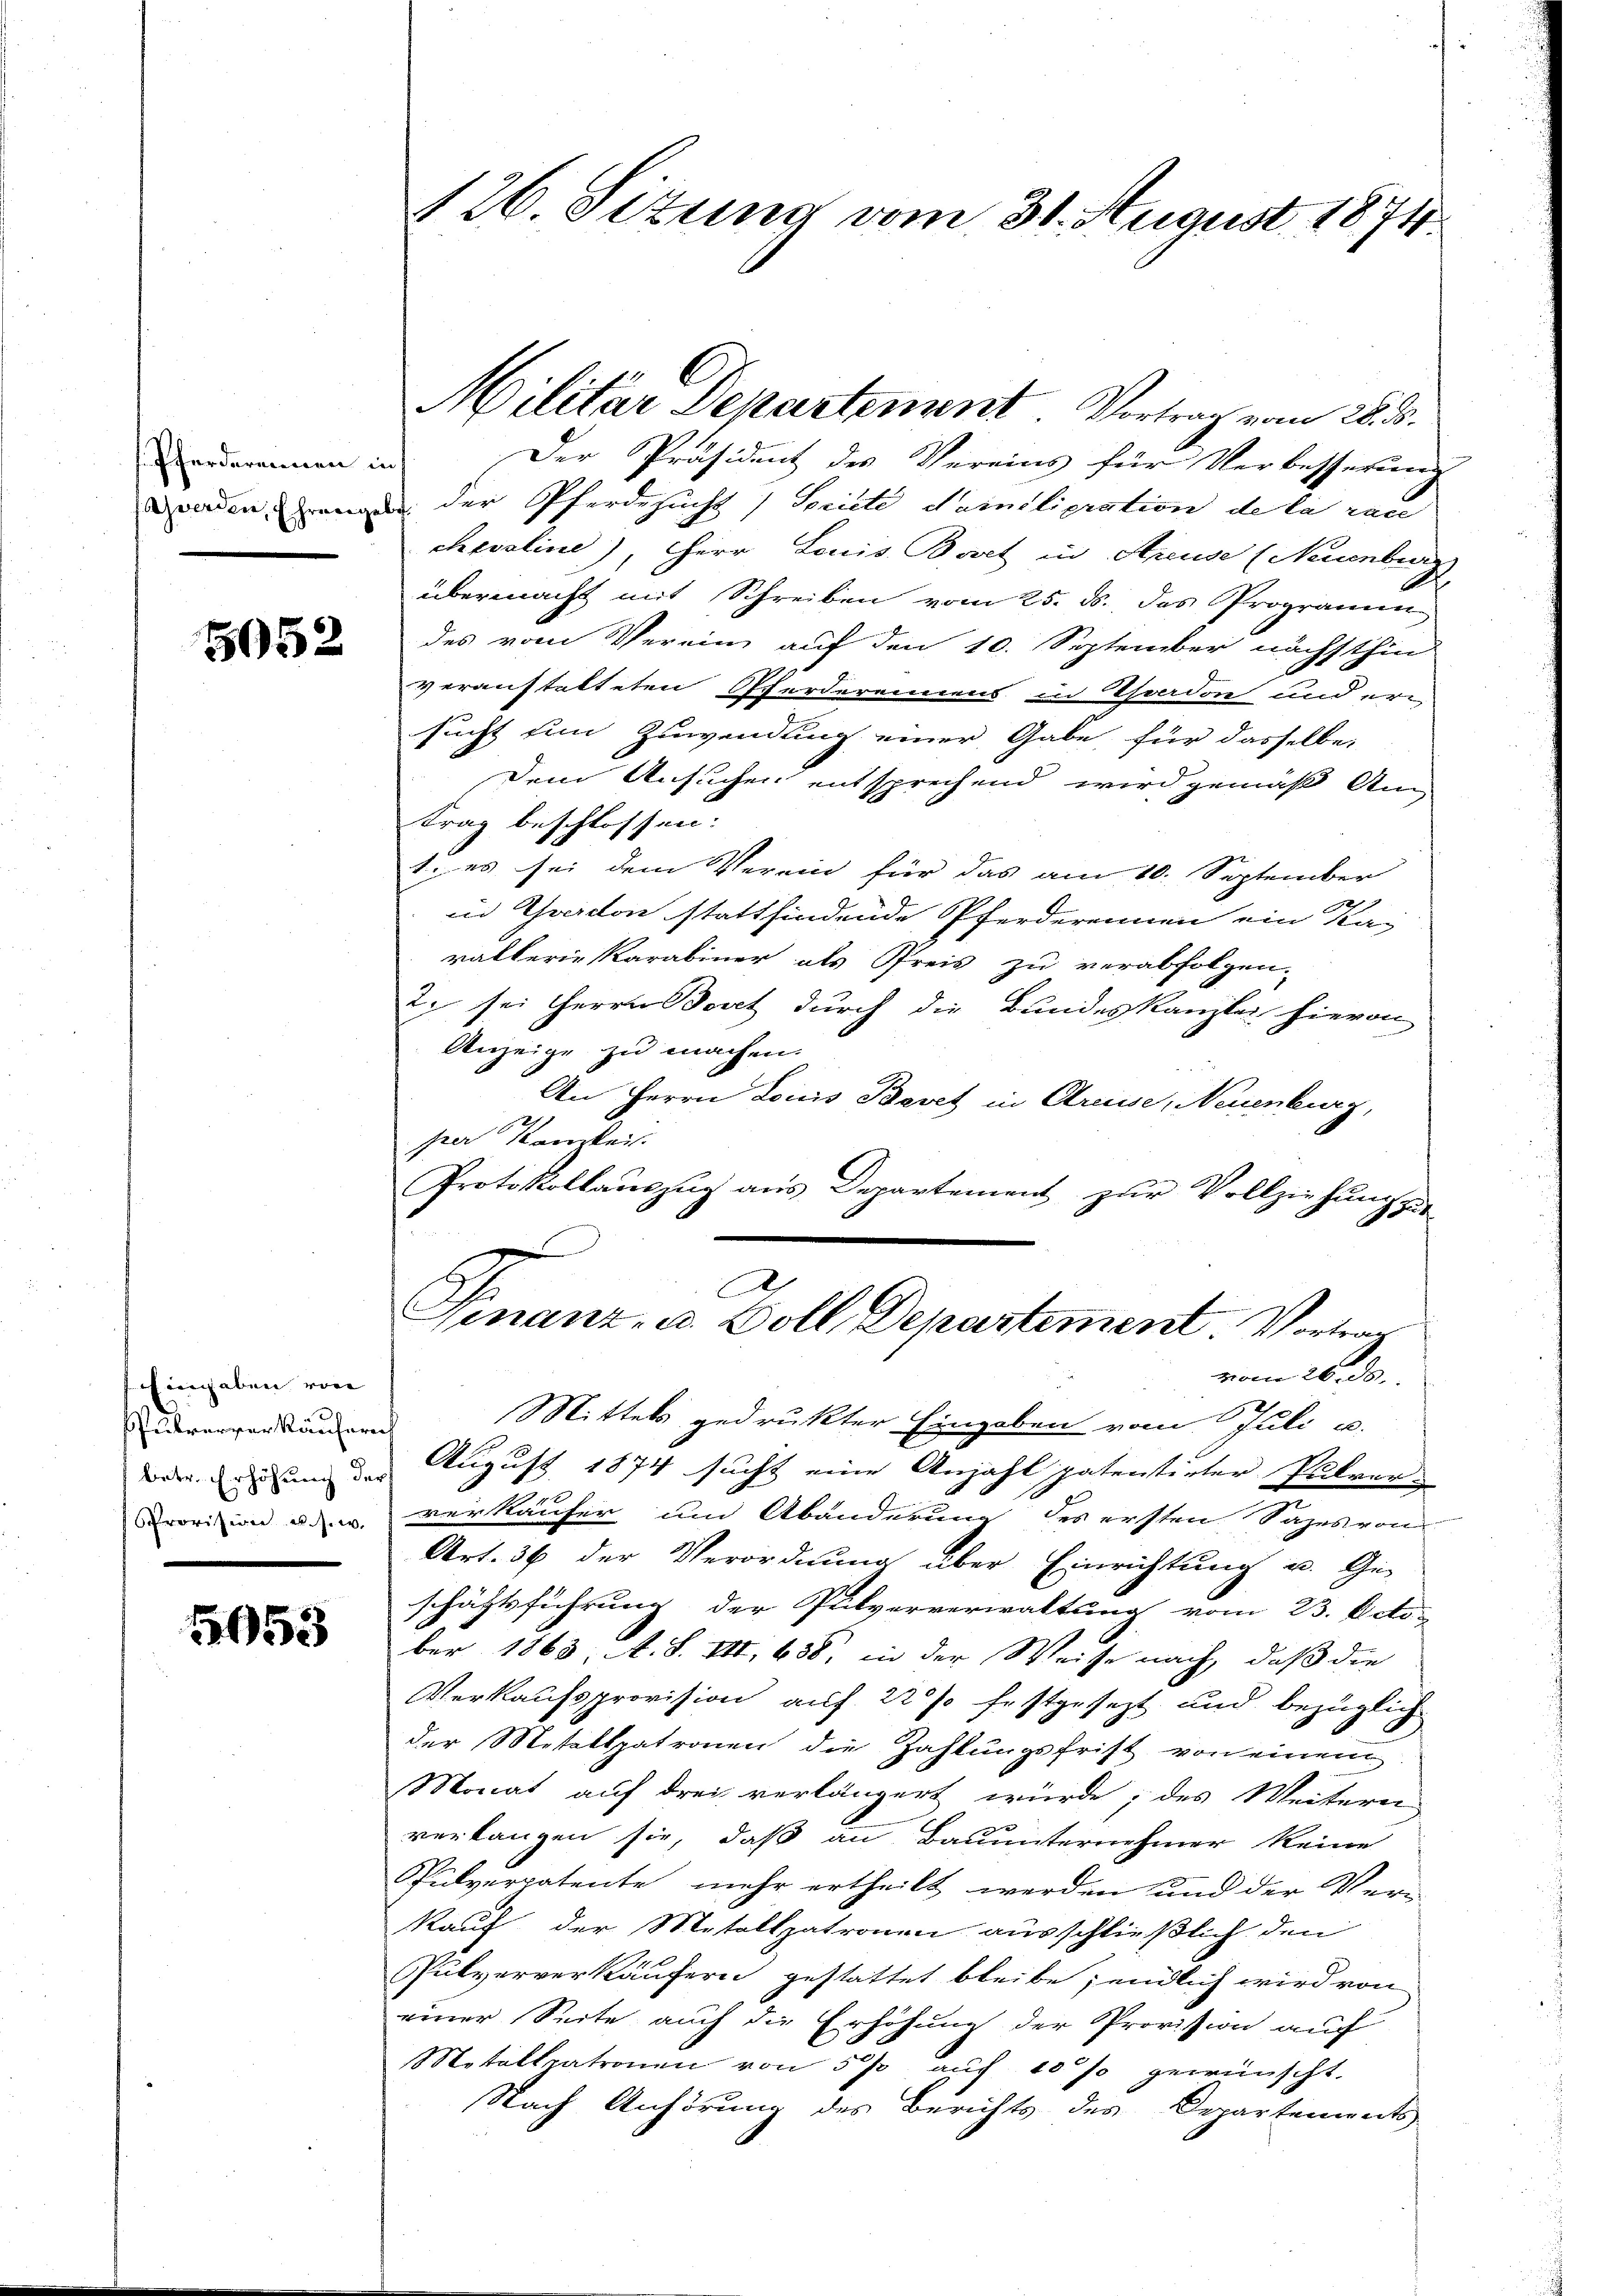
Pferderannen in

5052

inhaben von
Pubrerver Käufer
 betr. Erhöhung de
Provision u. s. w.

5953

Der Präsident des Vereins für Verbesserung
werden, wenn der Pferdesuchs / Seriete Namnilioration de la rac
chevaline), Herr Louis Bovet in Areuse (Neuenburg
übermacht mit Schreiben vom 25. ds. das Programm
des vom Verein auf den 10. September nächsthin
veranstatteten Pferderennens in Thodon und er
sucht um Zuwendung einer Gabe, für dasselbe,
Dem Ansuchen entsprechend wird gemäß An
trag beschlossen:
1. es sei dem Verein für das am 10. September
in Garton stattfindende Pferderennen ein Ka-
rallerie Karabiner als Preis zu verabfolgen.
2. sei Herrn Bovet durch die Bundeskanzlei hievon
Anzeige zu machen.
An Herrn Louis Bevet in Kreise, Neuenburg,
per Karikeit
Protokollauszug aus Departement zur Vollziehung
u
A
Finanz- u. Boll Departement. Vortrag
vom 26. ds.
e
Mittels gedruckter Eingaben vom Juli u.
auf
August 1874 sucht eine Anzahl patentirter Pulver-
verkäufer um Abänderung des ersten Sages von
Art. 36 der Verordnung über Einrichtung u. Ge-
schäftsführung der Pulververwaltung vom 23. Octo-
ber 1863, A. S. VII, 638, in der Weise nach, daß die
Verkaufsprovision auf 22% festgesezt und bezüglich
der Metalspatronen die Zahlungsfrist von einem
Monat auf drei verlängert würde; des Weitern
verlangen sie, daß an Bauunternehmer keine
Spulverpatente mehr ertheilt werden und der Verkauf der Metallzatronen ausschließlich den
Pulververkäufern gestattet bleibe; endlich wird von
einer Seite auch die Erhöhung der Provision auf
Metallatronen von 5 % auf 10 % gewünscht.
Nach Anhörung des Berichts des Departements

126. Situng vom 31. August 1871

Militar Departement. Vortrag vom 28. d.